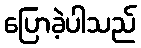
ပြောခဲ့ပါသည်